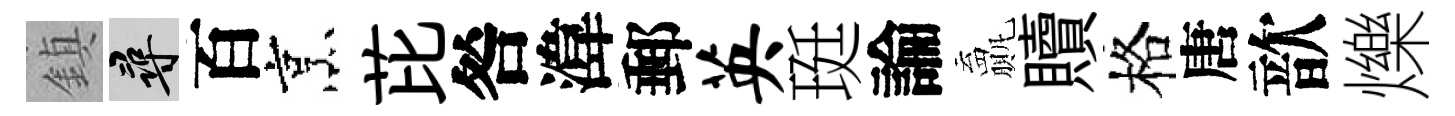
鎮尋百烹芘咎湋郵英珽論贏贖格唐歆爍